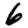
Digit: 6